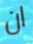
ان